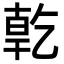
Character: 亁